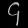
Digit: ၄